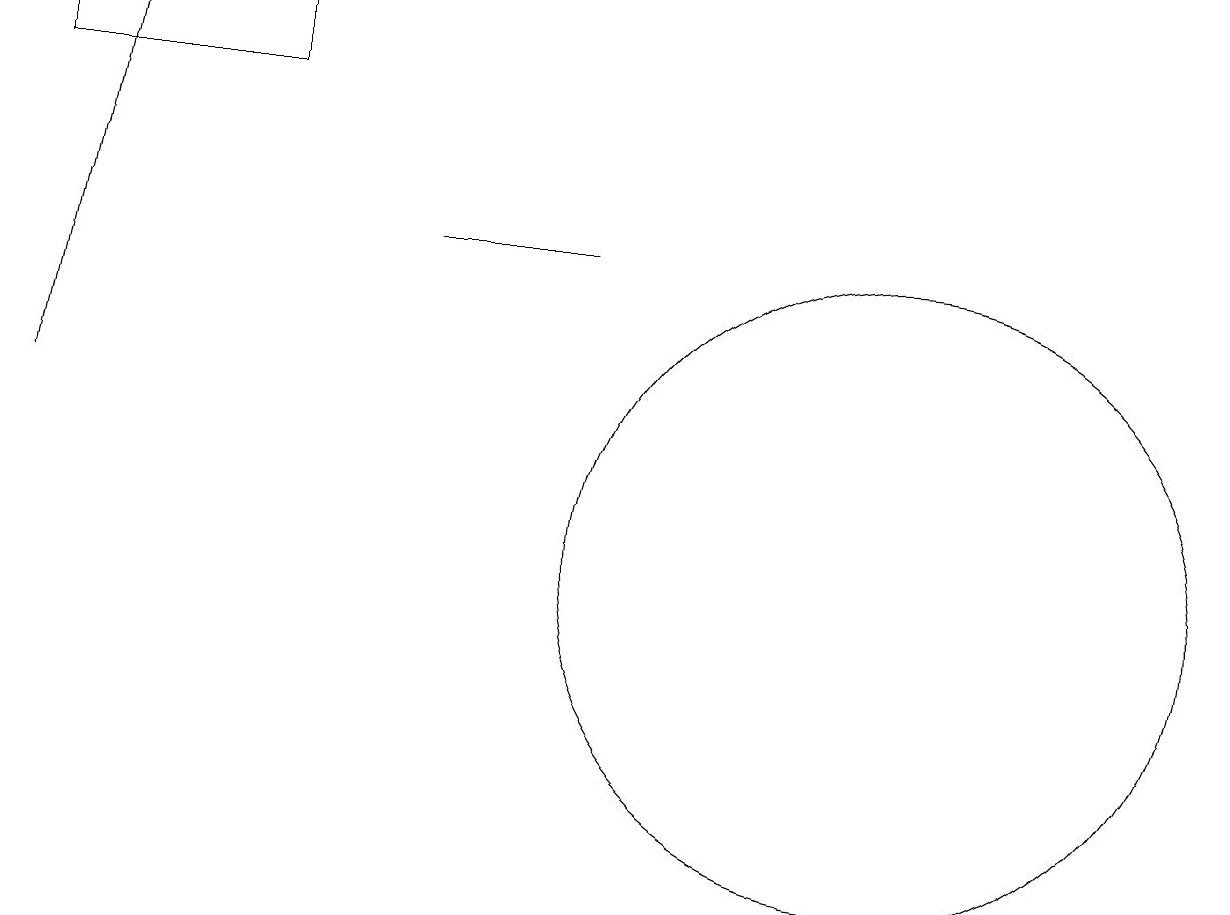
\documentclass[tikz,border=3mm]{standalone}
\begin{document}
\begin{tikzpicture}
\draw (3,18) rectangle (0,17);
\draw (5,15) rectangle (7,15);
\draw (11,11) circle (4);
\draw[->] (0,13) -- (1,18);
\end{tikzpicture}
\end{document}